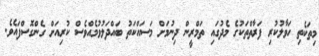
މިތަކެތި ހަވާލުކުރި ފަރާތްތަކުގެ މެދުގައި ތަމްރީން ދިނުމަށް މަސައްކަތު ބައްދަލުވުމެއްވެސް ކުރިއަށް ގެންގޮސްފައެވެ.